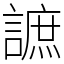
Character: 謶